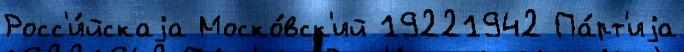
Росс'и́йскаjа Моско́вск'ий 19221942 Па́рт'иjа